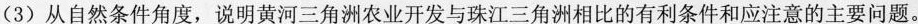
(3)从自然条件角度，说明黄河三角洲农业开发与珠江三角洲相比的有利条件和应注意的主要问题。